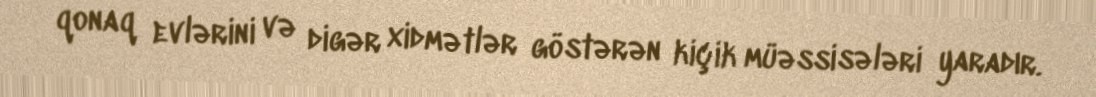
qonaq evlərini və digər xidmətlər göstərən kiçik müəssisələri yaradır.